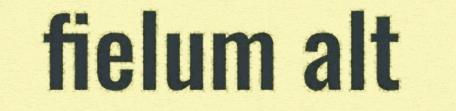
fielum alt